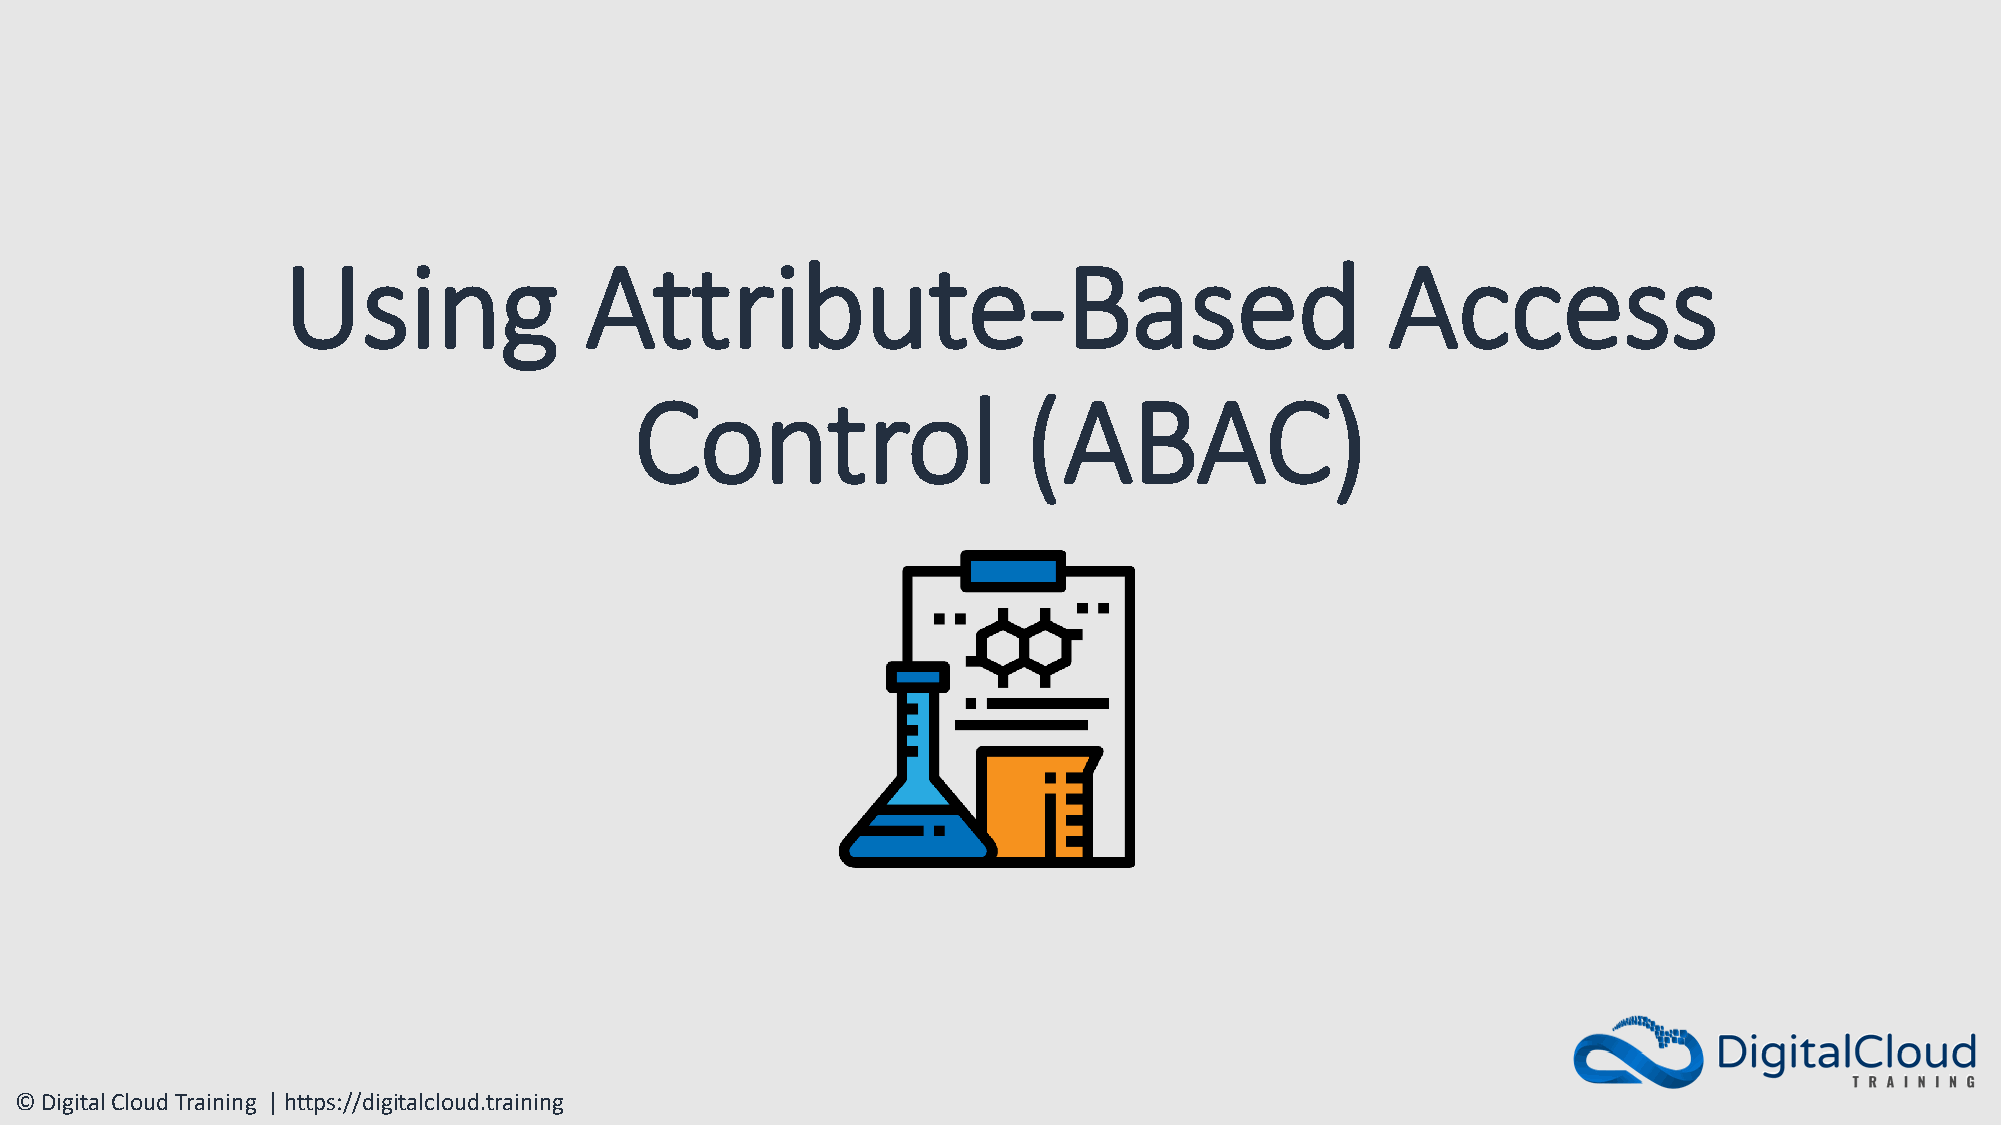
Using               Attribute-Based                                      Access
 Control                   (ABAC)
 © Digital Cloud Training | https://digitalcloud.training